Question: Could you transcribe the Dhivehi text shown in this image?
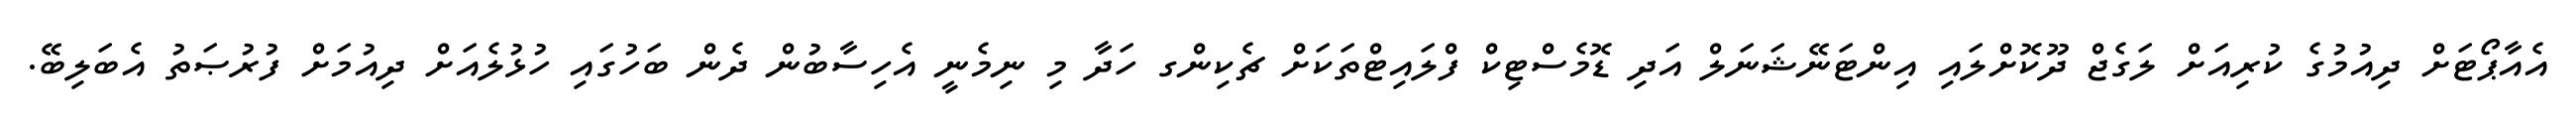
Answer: އެއާޕޯޓަށް ދިއުމުގެ ކުރިއަށް ލަގެޖް ދޫކޮށްލައި އިންޓަނޭޝަނަލް އަދި ޑޮމެސްޓިކް ފްލައިޓްތަކަށް ޗެކިންގ ހަދާ މި ނިމެނީ އެހިސާބުން ދެން ބަހުގައި ހުޅުލެއަށް ދިއުމަށް ފުރުޞަތު އެބަލިބޭ.